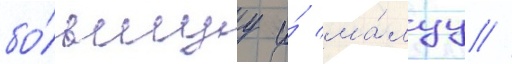
бо́льшуу и́ ма́луу //